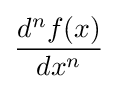
{\frac {d^{n}f(x)}{dx^{n}}}